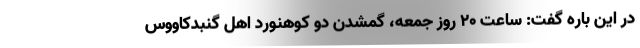
در این باره گفت: ساعت ۲۰ روز جمعه، گمشدن دو کوهنورد اهل گنبدکاووس